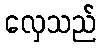
လှေသည်